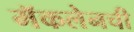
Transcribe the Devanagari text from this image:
मॅकलेनची